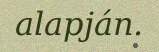
alapján.